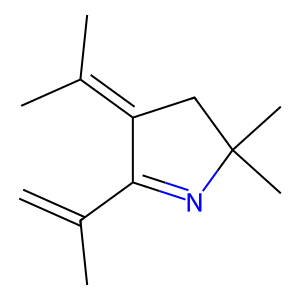
SMILES: C=C(C)C1=NC(C)(C)CC1=C(C)C
Inhibits HIV replication: No